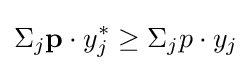
\Sigma _{j}\mathbf {p} \cdot y_{j}^{*}\geq \Sigma _{j}p\cdot y_{j}